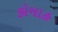
કોમાહ